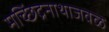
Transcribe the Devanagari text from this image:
मच्छिंद्रनाथाजवळ